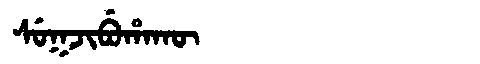
Manchu: ᠰᡠᡴᠵᡳᠪᡠᡥᠠᡴᡡ
Romanization: SUKJIBUHAKŪ